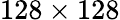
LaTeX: {128\times 128}